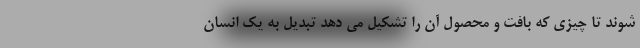
شوند تا چیزی که بافت و محصول آن را تشکیل می دهد تبدیل به یک انسان